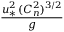
\frac { u _ { * } ^ { 2 } \, ( C _ { n } ^ { 2 } ) ^ { 3 / 2 } } { g }